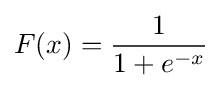
F(x)={\frac {1}{1+e^{-x}}}